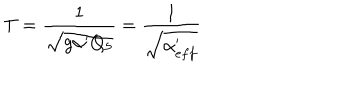
T = { \frac { 1 } { \sqrt { g \alpha ^ { \prime } Q _ { 5 } } } } = { \frac { 1 } { \sqrt { \alpha _ { e f f } ^ { \prime } } } }